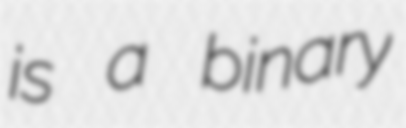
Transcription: is a binary